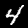
Digit: 4